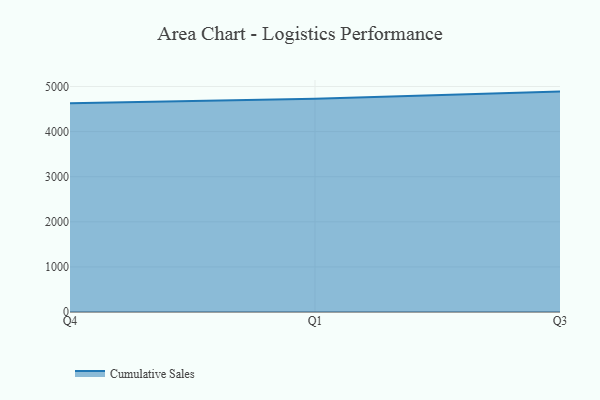
{"axis": {"x": "Quarter", "y": "Operating Costs (USD K)"}, "legend": ["Cumulative Sales"], "data": [{"x": "Q4", "y": 4627.5, "type": "Cumulative Sales"}, {"x": "Q1", "y": 4727.3, "type": "Cumulative Sales"}, {"x": "Q3", "y": 4886.6, "type": "Cumulative Sales"}]}